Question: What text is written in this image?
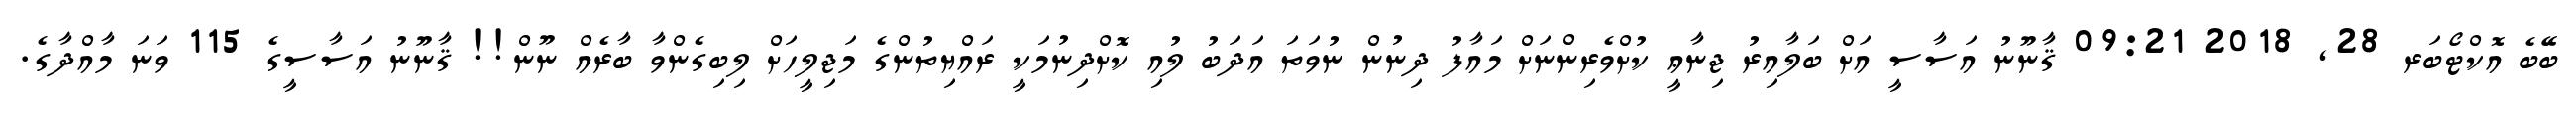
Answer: ބޭބެ އޮކްޓޯބަރ 28, 2018 09:21 ޤާނޫނު އަސާސީ އަށް ބަލާއިރު ޖިނާޢީ ކުށްވެރިންނަށް މައާފު ދިނުން ނުވަތަ އަދަބު ލުއި ކޮށްދިނުމަކީ ރައްޔިތުންގެ މަޖިލީހަށް ލިބިގެންވާ ބާރެއް ނޫން!! ޤާނޫނު އަސާސީގެ 115 ވަނަ މާއްދާގެ.